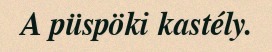
A püspöki kastély.